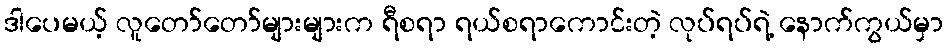
ဒါပေမယ့် လူတော်တော်များများက ရီစရာ ရယ်စရာကောင်းတဲ့ လုပ်ရပ်ရဲ့ နောက်ကွယ်မှာ